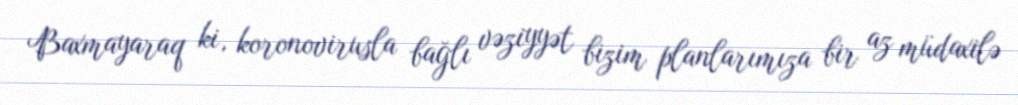
Baxmayaraq ki, koronovirusla bağlı vəziyyət bizim planlarımıza bir az müdaxilə